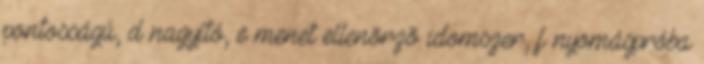
pontosságú, d nagyító, e menet ellenõrzõ idomszer, f nyomáspróba